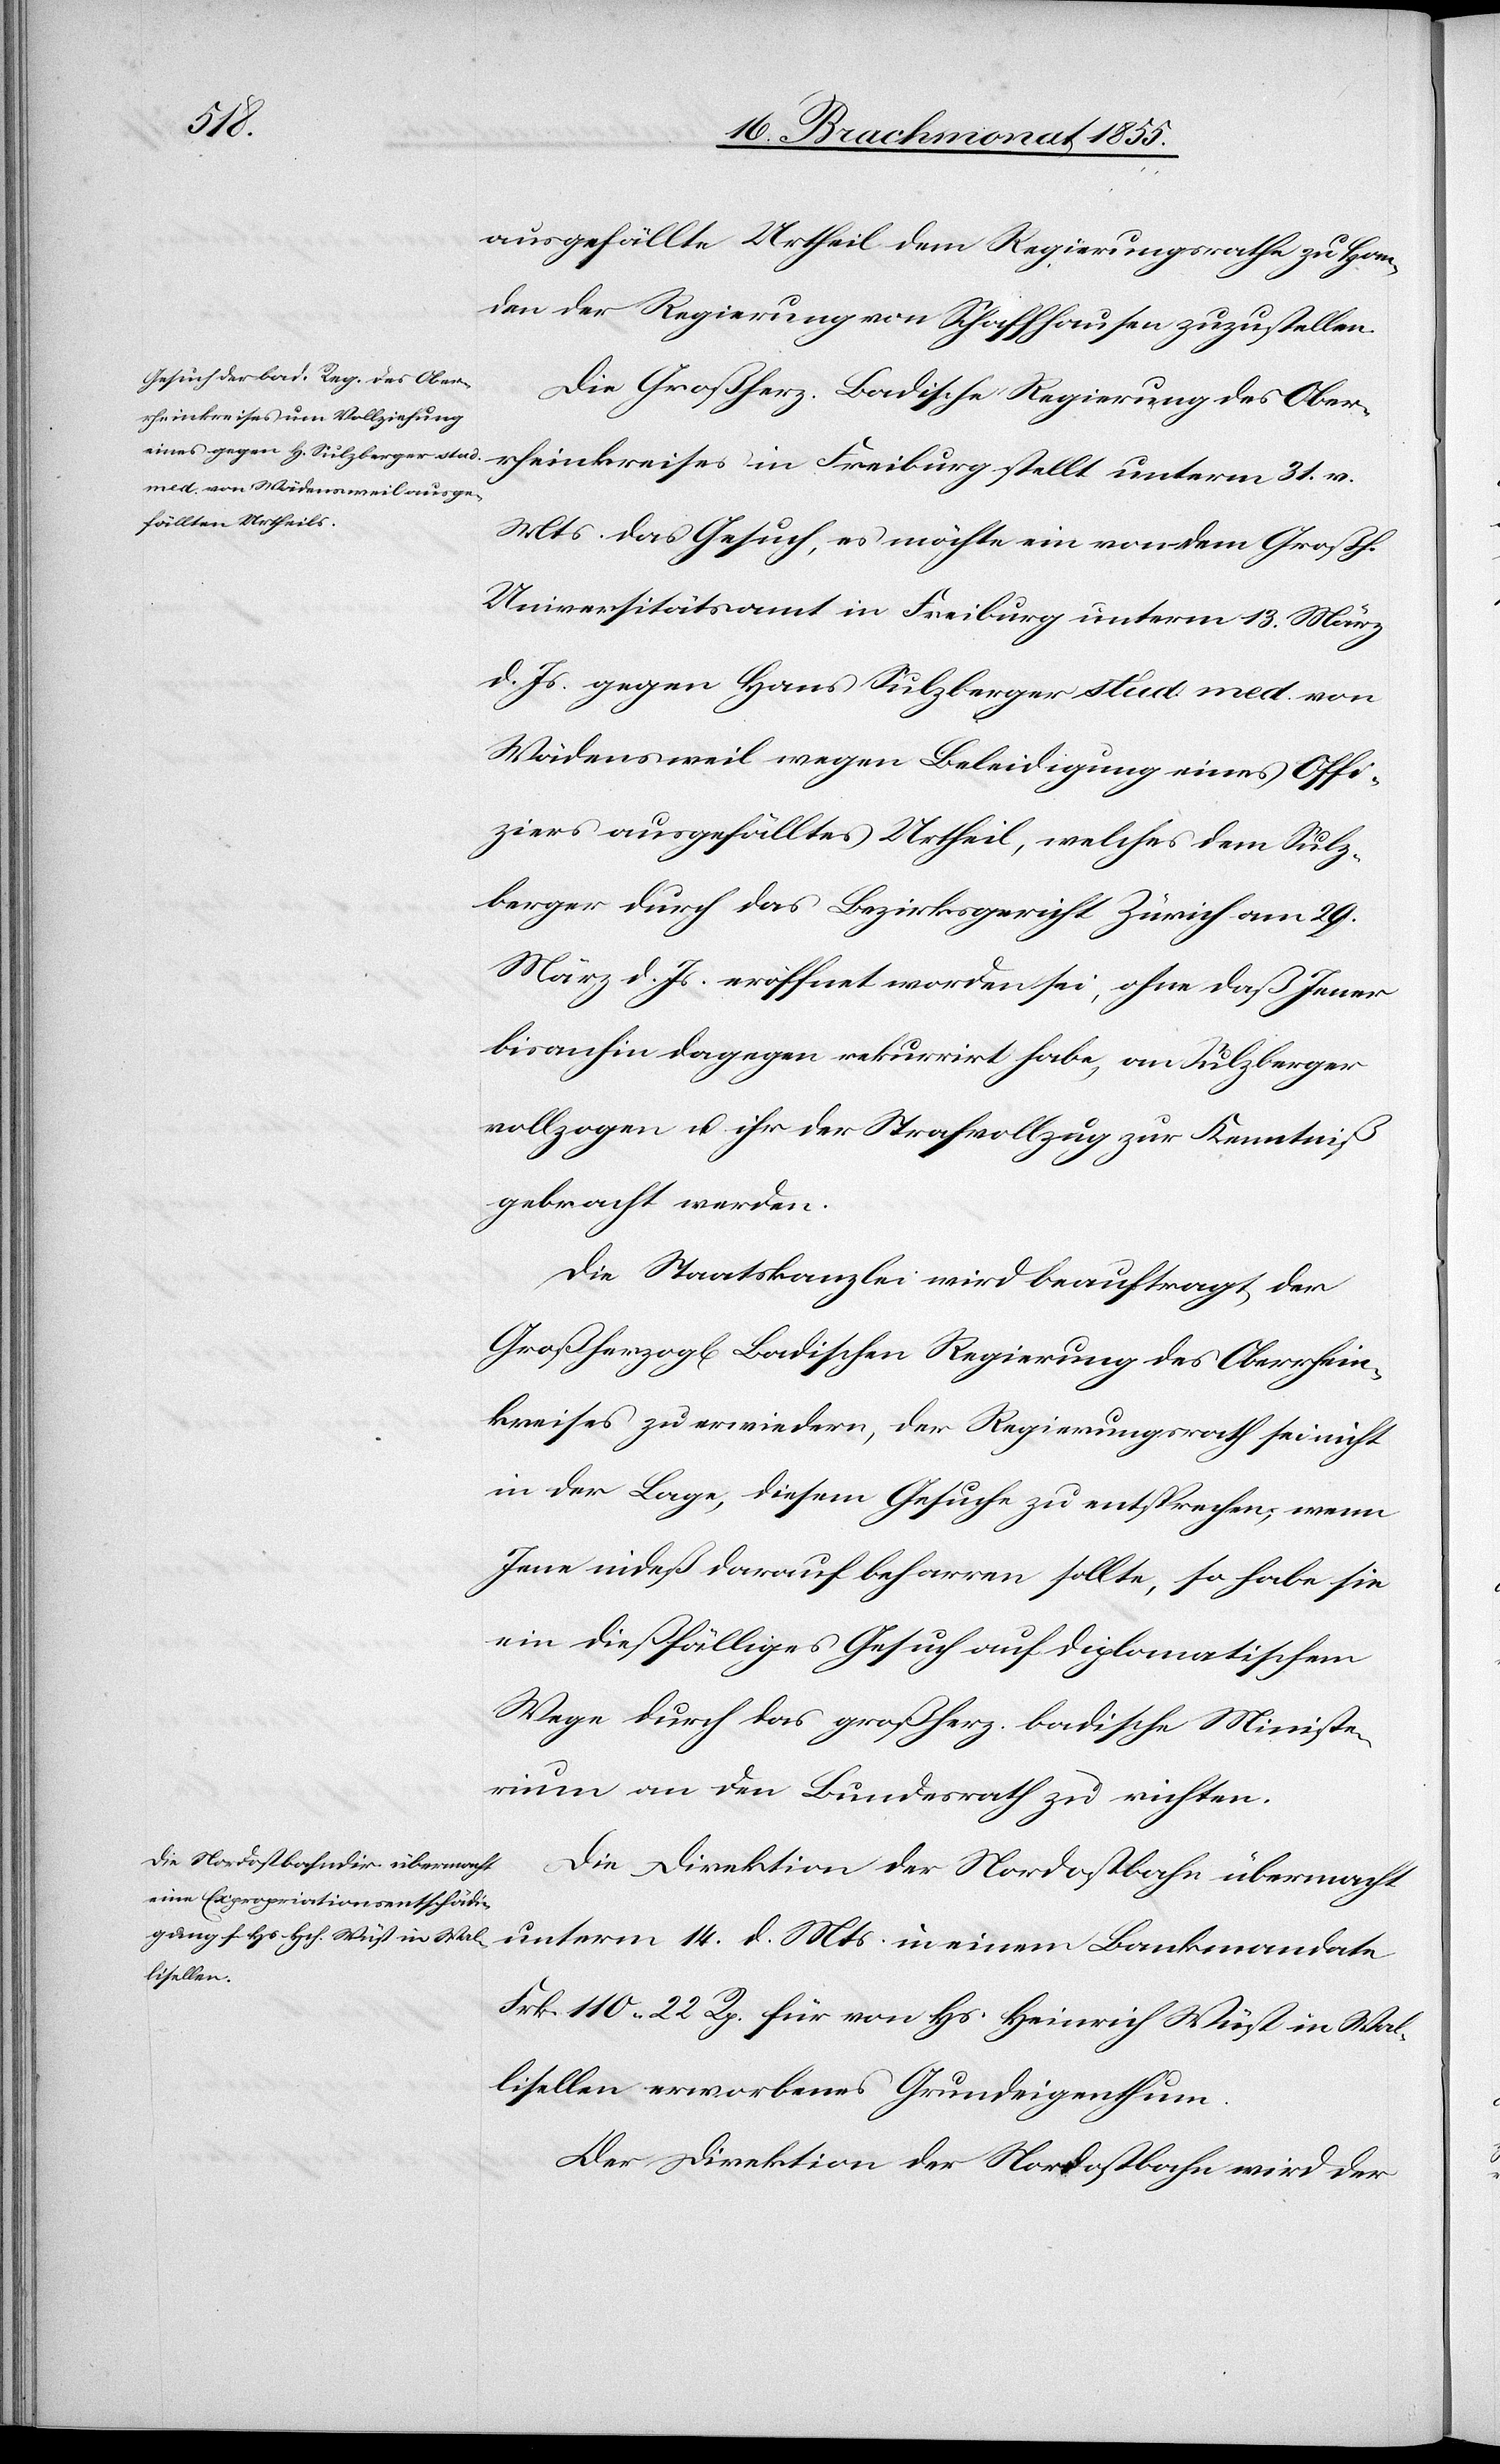
v.
ausgefällte Urtheil dem Regierungsrathe zu Han¬
den der Regierung von Schaffhausen zuzustellen.
Die Großherz. Badische Regierung des Ober¬
Mts. das Gesuch, es möchte ein von dem Großh.
Universitätsamt in Freiburg unterm 13. März
d. Js. gegen Hans Sulzberger stud. med. von
Wädensweil wegen Beleidigung eines Offi¬
ziers ausgefälltes Urtheil, welches dem Sulz¬
berger durch das Bezirksgericht Zürich am 29.
März d. Js. eröffnet worden sei, ohne daß Jener
bisanhin dagegen rekurrirt habe, an Sulzberger
vollzogen u. ihr der Strafvollzug zur Kenntniß
gebracht werden.
Die Staatskanzlei wird beauftragt, der
Großherzogl[ich] Badischen Regierung des Oberrhein¬
kreises zu erwiedern, der Regierungsrath sei nicht
in der Lage, diesem Gesuche zu entsprechen; wenn
Jene indeß darauf beharren sollte, so habe sie
ein dießfälliges Gesuch auf diplomatischem
Wege durch das großherz. badische Ministe¬
rium an den Bundesrath zu richten.
Die Direktion der Nordostbahn übermacht
unterm 14. d. Mts. in einem Bankmandate
Frk. 110 22 Rp. für von Hs. Heinrich Wüst in Wal¬
lisellen erworbenes Grundeigenthum.
Der Direktion der Nordostbahn wird der